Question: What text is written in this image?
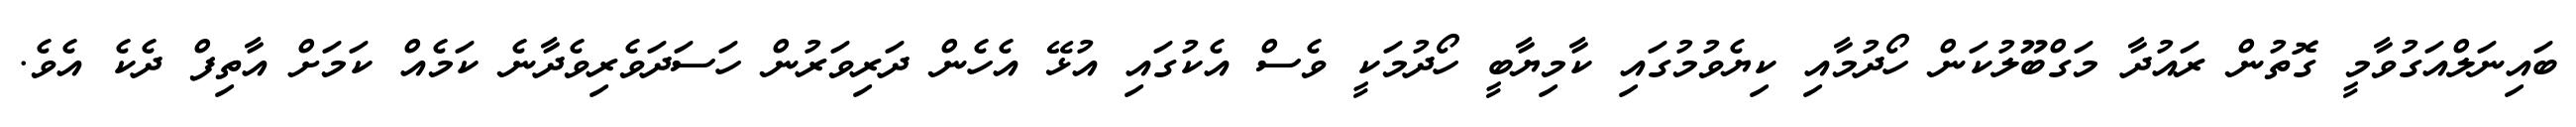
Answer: ބައިނަލްއަގުވާމީ ގޮތުން ރައުދާ މަގްބޫލުކަން ހޯދުމާއި ކިޔެވުމުގައި ކާމިޔާބީ ހޯދުމަކީ ވެސް އެކުގައި އުޅޭ އެހެން ދަރިވަރުން ހަސަދަވެރިވެދާނެ ކަމެއް ކަމަށް އާތިފް ދެކެ އެވެ.